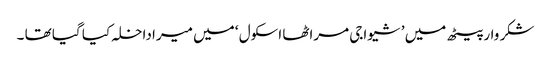
شکر وار پیٹھ میں ’ شیواجی مراٹھا اسکول ‘ میں میرا داخلہ کیا گیا تھا ۔